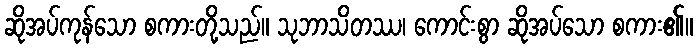
ဆိုအပ်ကုန်သော စကားတို့သည်။ သုဘာသိတဿ၊ ကောင်းစွာ ဆိုအပ်သော စကား၏။